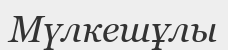
Мүлкешұлы